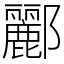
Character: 酈